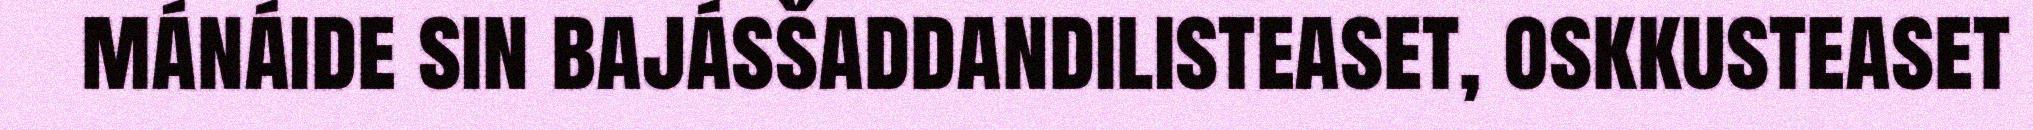
mánáide sin bajásšaddandilisteaset, oskkusteaset